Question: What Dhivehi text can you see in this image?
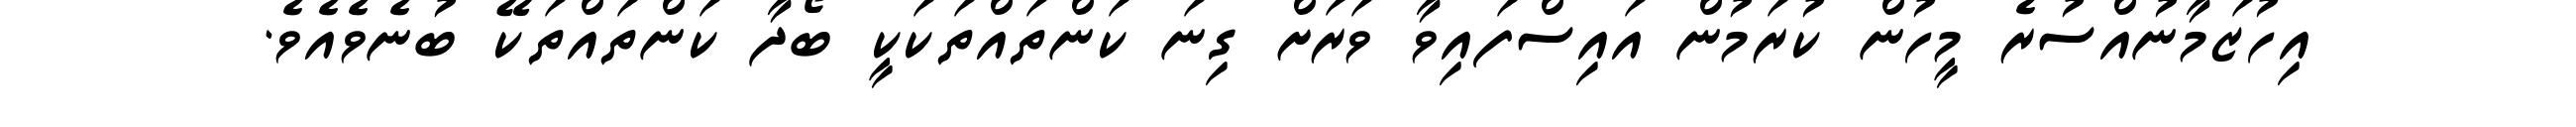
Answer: އިހުޒަމާނުއްސުރެ މީހުން ކުރަމުން އައިސްފައިވާ ވަރަށް ގިނަ ކަންތައްތަކަކީ ބޯދާ ކަންތައްތަކޭ ބުނެވެއެވެ.